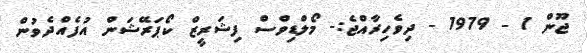
ޖޫން 1 - 1979 - ދިވެހިރާއްޖެ:- މޯލްޑިވްސް ފިޝަރީޒް ކޯޕަރޭޝަން އުފެއްދެވުން